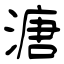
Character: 溏